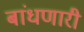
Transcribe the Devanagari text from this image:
बांधणारी